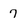
Character: 7